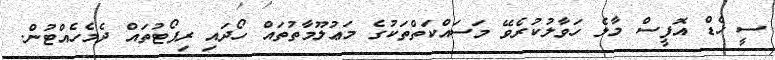
ސީ ހެޑް އޮފީސް މާލެ ހަވާލުކުރެވޭ މަސައްކަތްތަކުގެ މަޢުލޫމާތުތައް ހޯދައި ރިޕޯޓުތައް ދެމެހެއްޓުން.